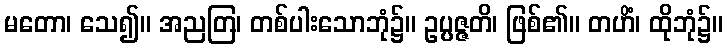
မတော၊ သေ၍။ အညတြ၊ တစ်ပါးသောဘုံ၌။ ဥပ္ပဇ္ဇတိ၊ ဖြစ်၏။ တဟိံ၊ ထိုဘုံ၌။